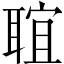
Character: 𦖑